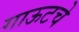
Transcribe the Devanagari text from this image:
गाऊटचे